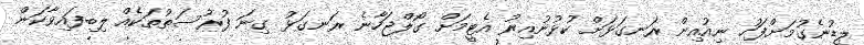
ލީޑުނެގުމަށްފަހު ނިއުއިން ރަނގަޅަށް ކުޅުނުއިރު އެޓީމަށް ގޯލްޖަހާނެ ރަނގަޅު ގިނަ ފުރުސަތުތަކެއް ލިބިފައިވާކަން